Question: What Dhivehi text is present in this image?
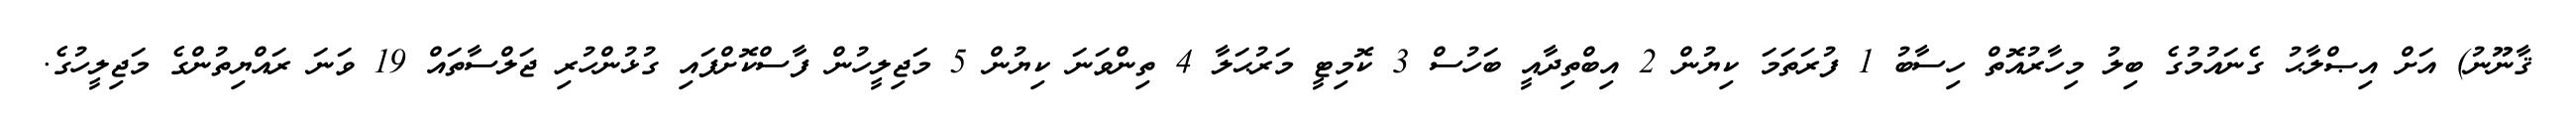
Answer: ޤާނޫނު) އަށް އިޞްލާޙު ގެނައުމުގެ ބިލު މިހާރުއޮތް ހިސާބު 1 ފުރަތަމަ ކިޔުން 2 އިބްތިދާއީ ބަހުސް 3 ކޮމިޓީ މަރުޙަލާ 4 ތިންވަނަ ކިޔުން 5 މަޖިލީހުން ފާސްކޮށްފައި ގުޅުންހުރި ޖަލްސާތައް 19 ވަނަ ރައްޔިތުންގެ މަޖިލީހުގެ.